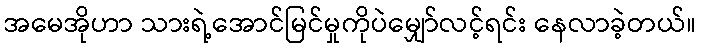
အမေအိုဟာ သားရဲ့အောင်မြင်မှုကိုပဲမျှော်လင့်ရင်း နေလာခဲ့တယ်။